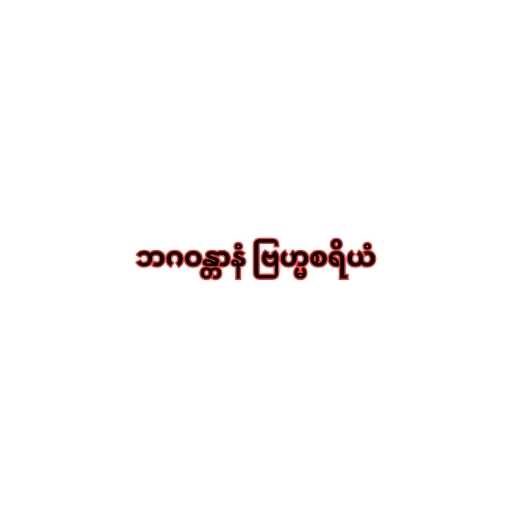
ဘဂဝန္တာနံ ဗြဟ္မစရိယံ